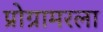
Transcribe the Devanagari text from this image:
प्रोग्रामरला